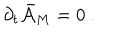
LaTeX: { \partial } _ { t } \bar { \cal { A } } _ { M } = 0 \ .